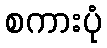
စကားပုံ